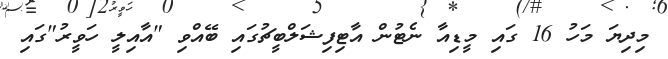
މިދިޔަ މަހު 16 ގައި މީޑިއާ ނެޓުން އާޓިފިޝަލްބީޗުގައި ބޭއްވި "އާއިލީ ހަވީރު"ގައި